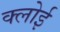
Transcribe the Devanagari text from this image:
क्लोई